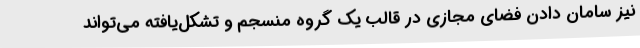
نیز سامان دادن فضای مجازی در قالب یک گروه منسجم و تشکل‌یافته می‌تواند